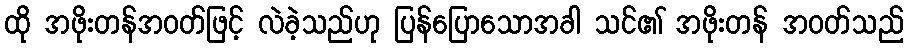
ထို အဖိုးတန်အဝတ်ဖြင့် လဲခဲ့သည်ဟု ပြန်ပြောသောအခါ သင်၏ အဖိုးတန် အဝတ်သည်